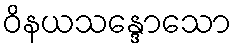
ဝိနယသန္ဒောသော